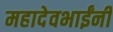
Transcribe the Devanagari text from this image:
महादेवभाईंनी